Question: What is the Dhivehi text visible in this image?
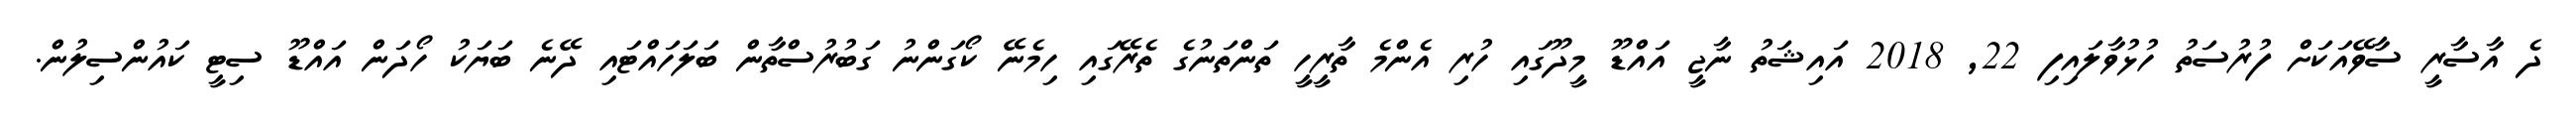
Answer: ދެ އާސާރީ ސާވޭއަކަށް ފުރުސަތު ހުޅުވާލައިފި 22, 2018 އައިޝަތު ނާޖީ އައްޑޫ މީދޫގައި ހުރި އެންމެ ތާރީހީ ތަންތަނުގެ ތެރޭގައި ހިމެނޭ ކޯގަންނު ގަބުރުސްތާން ބަލަހައްޓައި ދޭނެ ބަޔަކު ހޯދަން އައްޑޫ ސިޓީ ކައުންސިލުން.